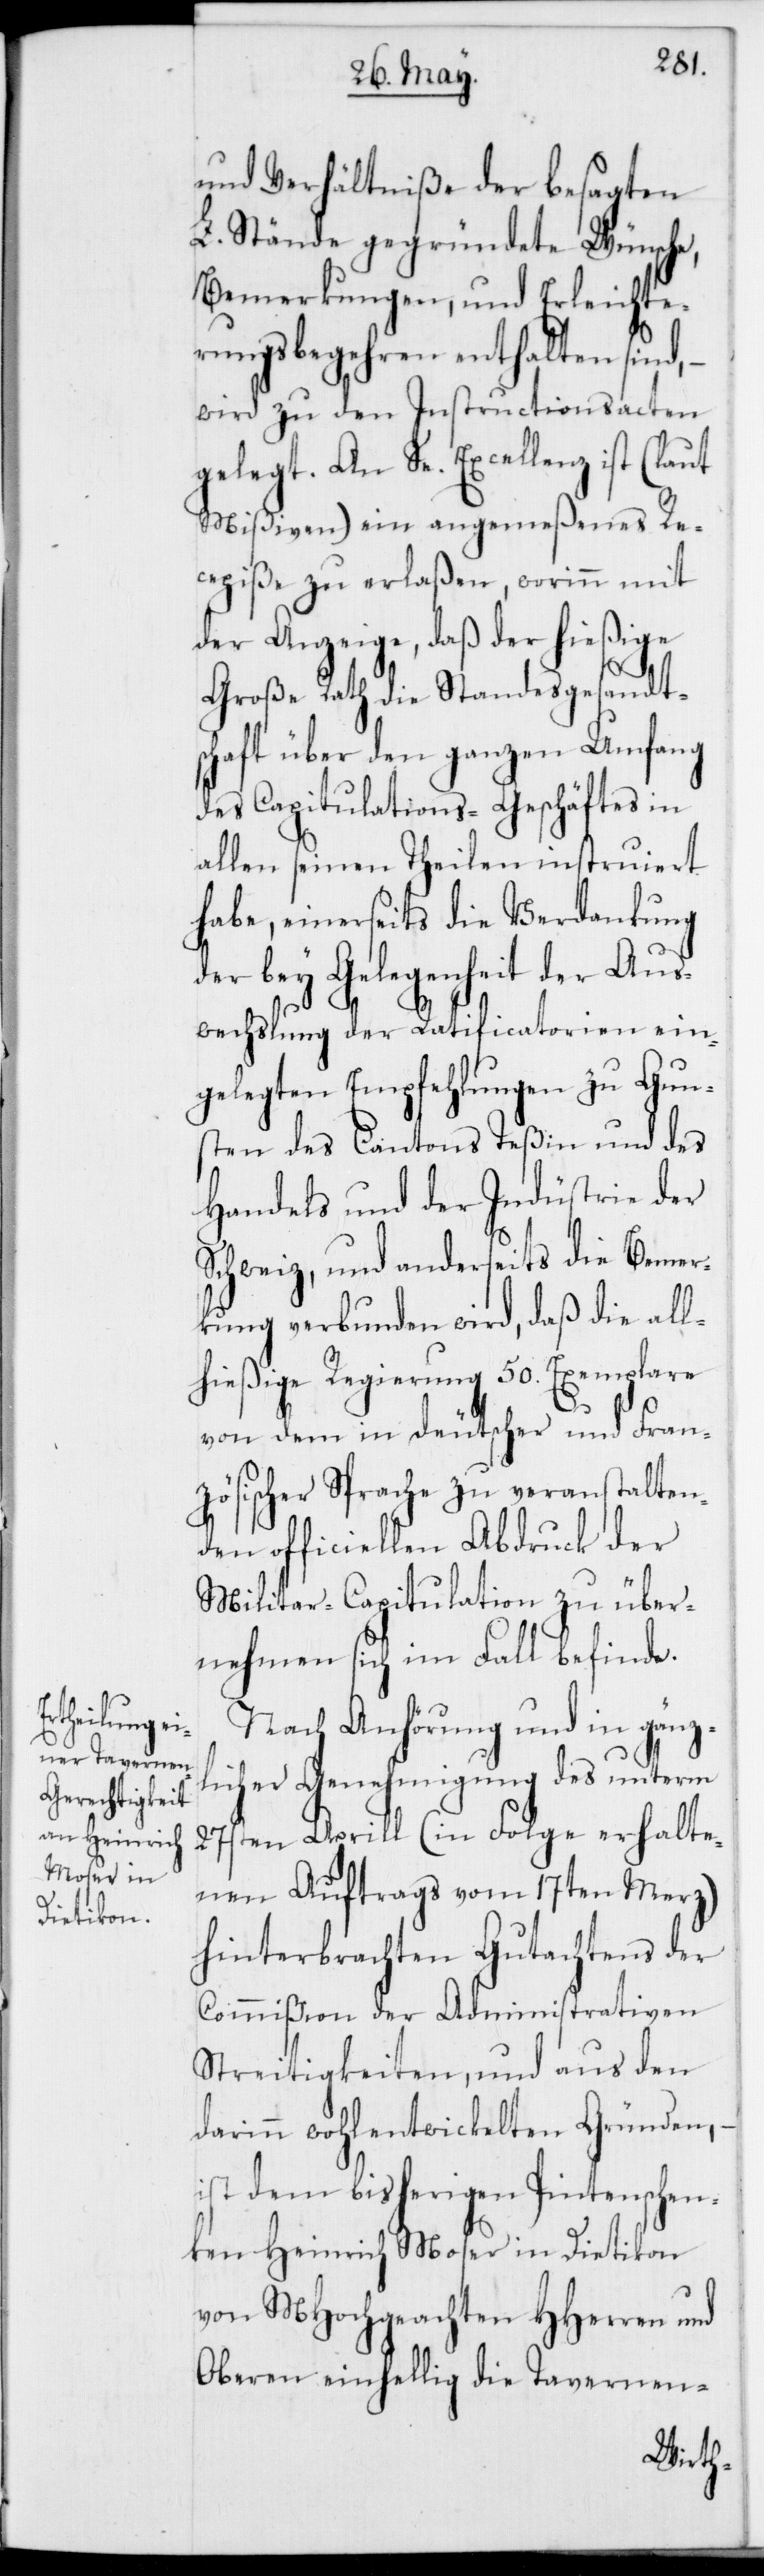
und Verhältniße der besagten
L. Stände gegründete Wünsche,
Bemerkungen, und Erleichte¬
rungsbegehren enthalten sind, –
wird zu den Instructionsacten
gelegt. An Se. Excellenz ist (laut
Mißiven) ein angemeßenes Re¬
cepiße zu erlaßen, worinn mit
der Anzeige, daß der hießige
Große Rath die Standesgesandt¬
schaft über den ganzen Umfang
des Capitulations-Geschäftes in
allen seinen Theilen instruiert
habe, einerseits die Verdankung
der bey Gelegenheit der Aus¬
wechslung der Ratificatorien ein¬
gelegten Empfehlungen zu Gun¬
sten des Cantons Teßin und des
Handels und der Industrie der
Schweiz, und anderseits die Bemer¬
kung verbunden wird, daß die all¬
hießige Regierung 50. Exemplare
von dem in deutscher und Fran¬
zösischer Sprache zu veranstalten¬
den officiellen Abdruck der
Militar-Capitulation zu über¬
nehmen sich im Fall befinde.
Nach Anhörung und in gänz¬
licher Genehmigung des unterm
27sten Aprill (in Folge erhalte¬
nen Auftrags vom 17ten Merz)
hinterbrachten Gutachtens der
Commißion der Administrativen
Streitigkeiten, und aus den
darinn wohlentwickelten Gründen,
ist dem bisherigen Pintenschen¬
ken Heinrich Moser in Dietikon
von MHochgeachten HHerren und
Oberen einhellig die Tavernen-